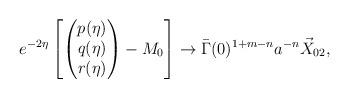
LaTeX: \begin{align*} &e^{-2\eta}\left[\begin{pmatrix} p(\eta) \\ q(\eta) \\ r(\eta) \end{pmatrix} - M_0\right] \rightarrow {\bar\Gamma(0)^{1+m-n}a^{-n}}\vec{X}_{02}, \end{align*}